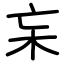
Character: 杗